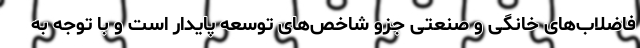
فاضلاب‌های خانگی و صنعتی جزو شاخص‌های توسعه پایدار است و با توجه به